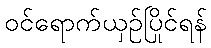
ဝင်ရောက်ယှဉ်ပြိုင်ရန်